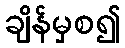
ချိန်မှစ၍